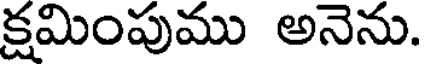
క్షమింపుము అనెను.